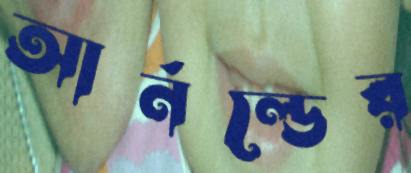
আর্নল্ডের